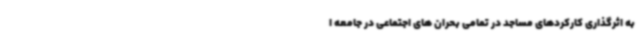
به اثرگذاری کارکردهای مساجد در تمامی بحران های اجتماعی در جامعه ا